Vaccination in Bombay 1902-1912 - 1902-1912
Year: 1902
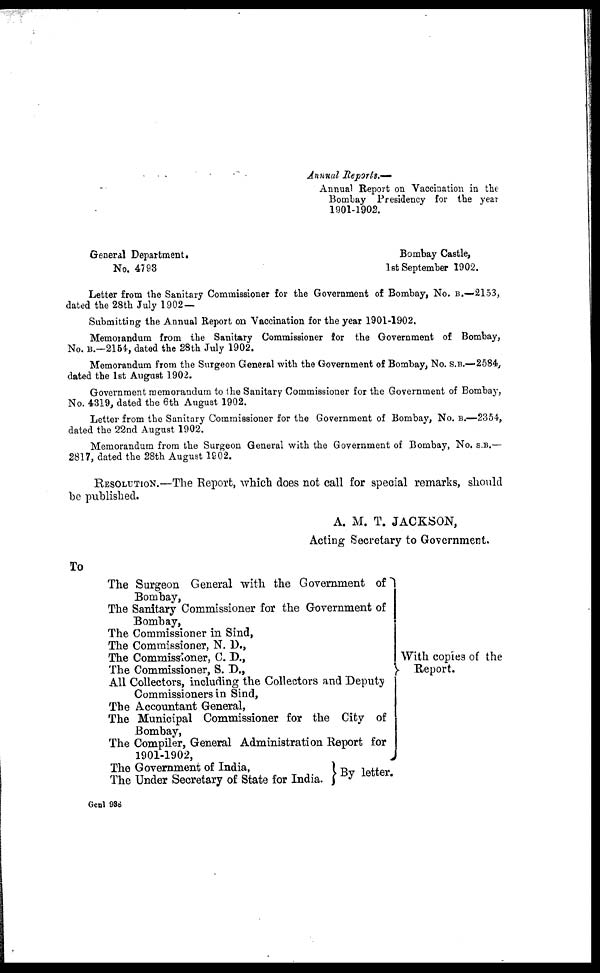
Annual Reports.—
Annual Report on Vaccination in the
Bombay Presidency for the year
1901-1902.
General Department.
Bombay Castle,
No. 4793
1st September 1902.
Letter from the Sanitary Commissioner for the Government of Bombay, No. B.—2153,
dated the 28th July 1902 —
Submitting the Annual Report on Vaccination for the year 1901-1902.
Memorandum from the Sanitary Commissioner for the Government of Bombay,
No. B.—2154, dated the 28th July 1902.
Memorandum from the Surgeon General with the Government of Bombay, No. S.B.—2584,
dated the 1st August 1902.
Government memorandum to the Sanitary Commissioner for the Government of Bombay,
No. 4319, dated the 6th August 1902.
Letter from the Sanitary Commissioner for the Government of Bombay, No. B.—2354,
dated the 22nd August 1902.
Memorandum from the Surgeon General with the Government of Bombay, No. S.B.—
2817, dated the 28th August 1902.
RESOLUTION.—The Report, which does not call for special remarks, should
be published.
A. M. T. JACKSON,
Acting Secretary to Government.
To
The Surgeon General with the Government of
Bombay,
The Sanitary Commissioner for the Government of
Bombay,
The Commissioner in Sind,
The Commissioner, N. D.,
The Commissioner, C. D.,
The Commissioner, S. D.,
All Collectors, including the Collectors and Deputy
Commissioners in Sind,
The Accountant General,
The Municipal Commissioner for the City of
Bombay,
The Compiler, General Administration Report for
1901-1902,
The Government of India,
The Under Secretary of State for India.
With copies of the
Report.
By letter.
Genl 938